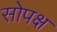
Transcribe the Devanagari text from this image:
सोपक्ष